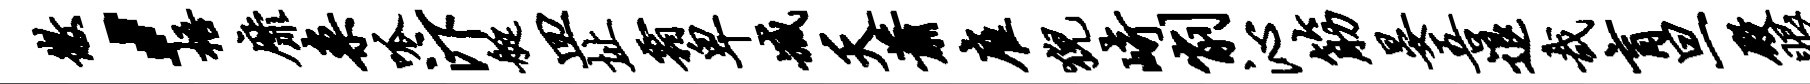
徽，梧靡案呱汴艇皿址霜卑臧夭萧雇猊崎削沁筋晏吾退哉肓旦殿眼